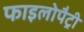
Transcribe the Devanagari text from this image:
फाइलोपैट्री